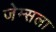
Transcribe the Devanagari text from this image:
जेम्सला